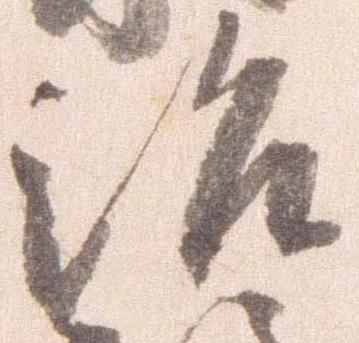
治